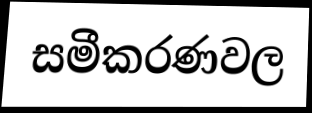
සමීකරණවල